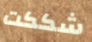
شككت